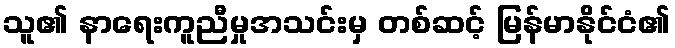
သူ၏ နာရေးကူညီမှုအသင်းမှ တစ်ဆင့် မြန်မာနိုင်ငံ၏